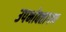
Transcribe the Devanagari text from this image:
उपभोक्‍तागण